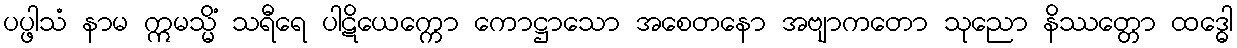
ပပ္ဖါသံ နာမ ဣမသ္မိံ သရီရေ ပါဋိယေက္ကော ကောဋ္ဌာသော အစေတနော အဗျာကတော သုညော နိဿတ္တော ထဒ္ဓေါ